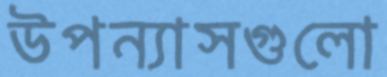
উপন্যাসগুলো